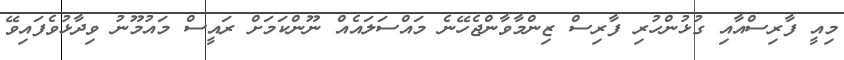
މިއީ ފާރިސްއާއި ގުޅުންހުރި ފާރިސް ޒިންމާވާންޖެހޭނެ މައްސަލައެއް ނޫންކަމަށް ރައީސް މައުމޫނު ވިދާޅުވެފައިވޭ